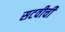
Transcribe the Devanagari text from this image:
सटवीची